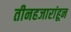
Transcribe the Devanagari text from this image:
तीनहजारांहून